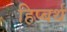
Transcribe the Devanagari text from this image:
हिप्बर्थ